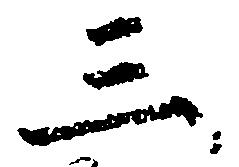
三